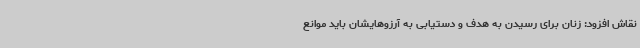
نقاش افزود: زنان برای رسیدن به هدف و دستیابی به آرزوهایشان باید موانع